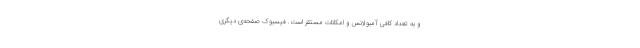
و به تعداد کافی آمبولانس و امکانات مستقر است. فیسبوک صفحه‌ی دیگری